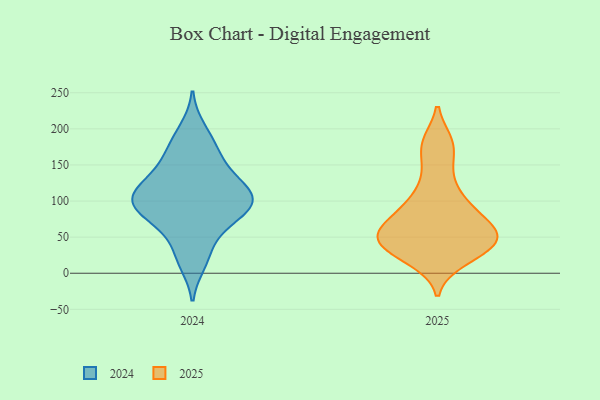
{"axis": {"x": "Backlog", "y": "Value"}, "legend": ["2024", "2025"], "data": [{"x": "", "y": 18, "type": "2025"}, {"x": "", "y": 52, "type": "2025"}, {"x": "", "y": 56, "type": "2025"}, {"x": "", "y": 90, "type": "2025"}, {"x": "", "y": 95, "type": "2025"}, {"x": "", "y": 51, "type": "2025"}, {"x": "", "y": 146, "type": "2025"}, {"x": "", "y": 81, "type": "2025"}, {"x": "", "y": 179, "type": "2025"}, {"x": "", "y": 62, "type": "2025"}, {"x": "", "y": 116, "type": "2025"}, {"x": "", "y": 30, "type": "2025"}, {"x": "", "y": 33, "type": "2025"}, {"x": "", "y": 181, "type": "2025"}, {"x": "", "y": 57, "type": "2025"}, {"x": "", "y": 49, "type": "2025"}, {"x": "", "y": 30, "type": "2025"}, {"x": "", "y": 147, "type": "2024"}, {"x": "", "y": 103, "type": "2024"}, {"x": "", "y": 174, "type": "2024"}, {"x": "", "y": 14, "type": "2024"}, {"x": "", "y": 105, "type": "2024"}, {"x": "", "y": 98, "type": "2024"}, {"x": "", "y": 200, "type": "2024"}, {"x": "", "y": 144, "type": "2024"}, {"x": "", "y": 87, "type": "2024"}, {"x": "", "y": 101, "type": "2024"}, {"x": "", "y": 78, "type": "2024"}, {"x": "", "y": 94, "type": "2024"}, {"x": "", "y": 110, "type": "2024"}, {"x": "", "y": 126, "type": "2024"}, {"x": "", "y": 25, "type": "2024"}, {"x": "", "y": 174, "type": "2024"}, {"x": "", "y": 54, "type": "2024"}, {"x": "", "y": 71, "type": "2024"}, {"x": "", "y": 122, "type": "2024"}]}